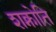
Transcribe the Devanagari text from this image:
शक्नोति